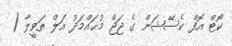
ކޯޓް އޮފް ކެސޭޝަން ގެ ޖަޖް މުޙައްމަދު އަލް ތަވީލާ (